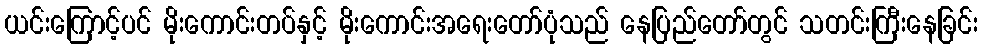
ယင်းကြောင့်ပင် မိုးကောင်းတပ်နှင့် မိုးကောင်းအရေးတော်ပုံသည် နေပြည်တော်တွင် သတင်းကြီးနေခြင်း